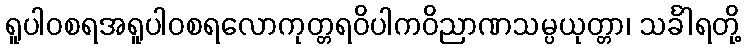
ရူပါဝစရအရူပါဝစရလောကုတ္တရဝိပါကဝိညာဏသမ္ပယုတ္တာ၊ သင်္ခါရတို့